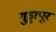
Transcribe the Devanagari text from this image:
गुड्डापूर